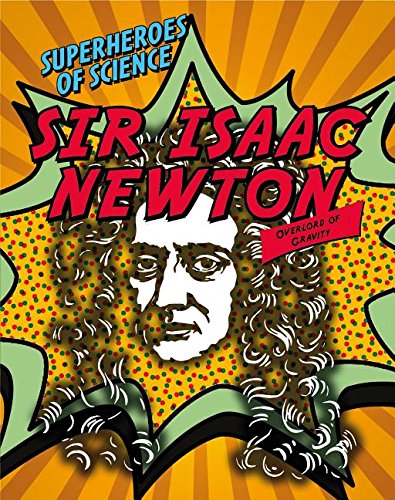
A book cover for Sir Isaac Newton: Overlord of Gravity (Superheroes of Science); Angela Royston; Teen & Young Adult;